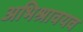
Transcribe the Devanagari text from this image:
अभिश्रावयव